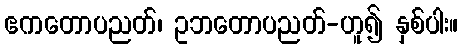
ဧကတောပညတ်၊ ဥဘတောပညတ်-ဟူ၍ နှစ်ပါး။